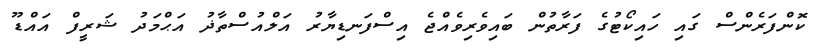
ކޮންފަރެންސް ގައި ހައިކޯޓުގެ ފަރާތުން ބައިވެރިވެއްޖެ އިސްފަނޑިޔާރު އަލްއުސްތާޛު އަޙްމަދު ޝަރީފް އައްޑޫ